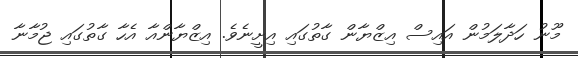
މޫނު ހަދާލަމުން އައިސް އިޒްޔާން ގާތުގައި އިށީނެވެ. އިޒްޔާންއާ އެހާ ގާތުގައި ޖުމާނާ